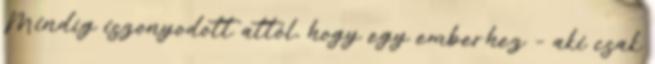
Mindíg iszonyodott attól, hogy egy emberhez – aki csak